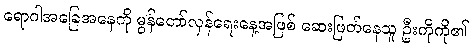
ရောဂါအခြေအနေကို မွန်တော်လှန်ရေးနေ့အဖြစ် ဆေးဖြတ်နေသူ ဦးကိုကို၏